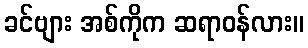
ခင်ဗျား အစ်ကိုက ဆရာဝန်လား။